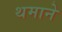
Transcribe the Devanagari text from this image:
थमाने